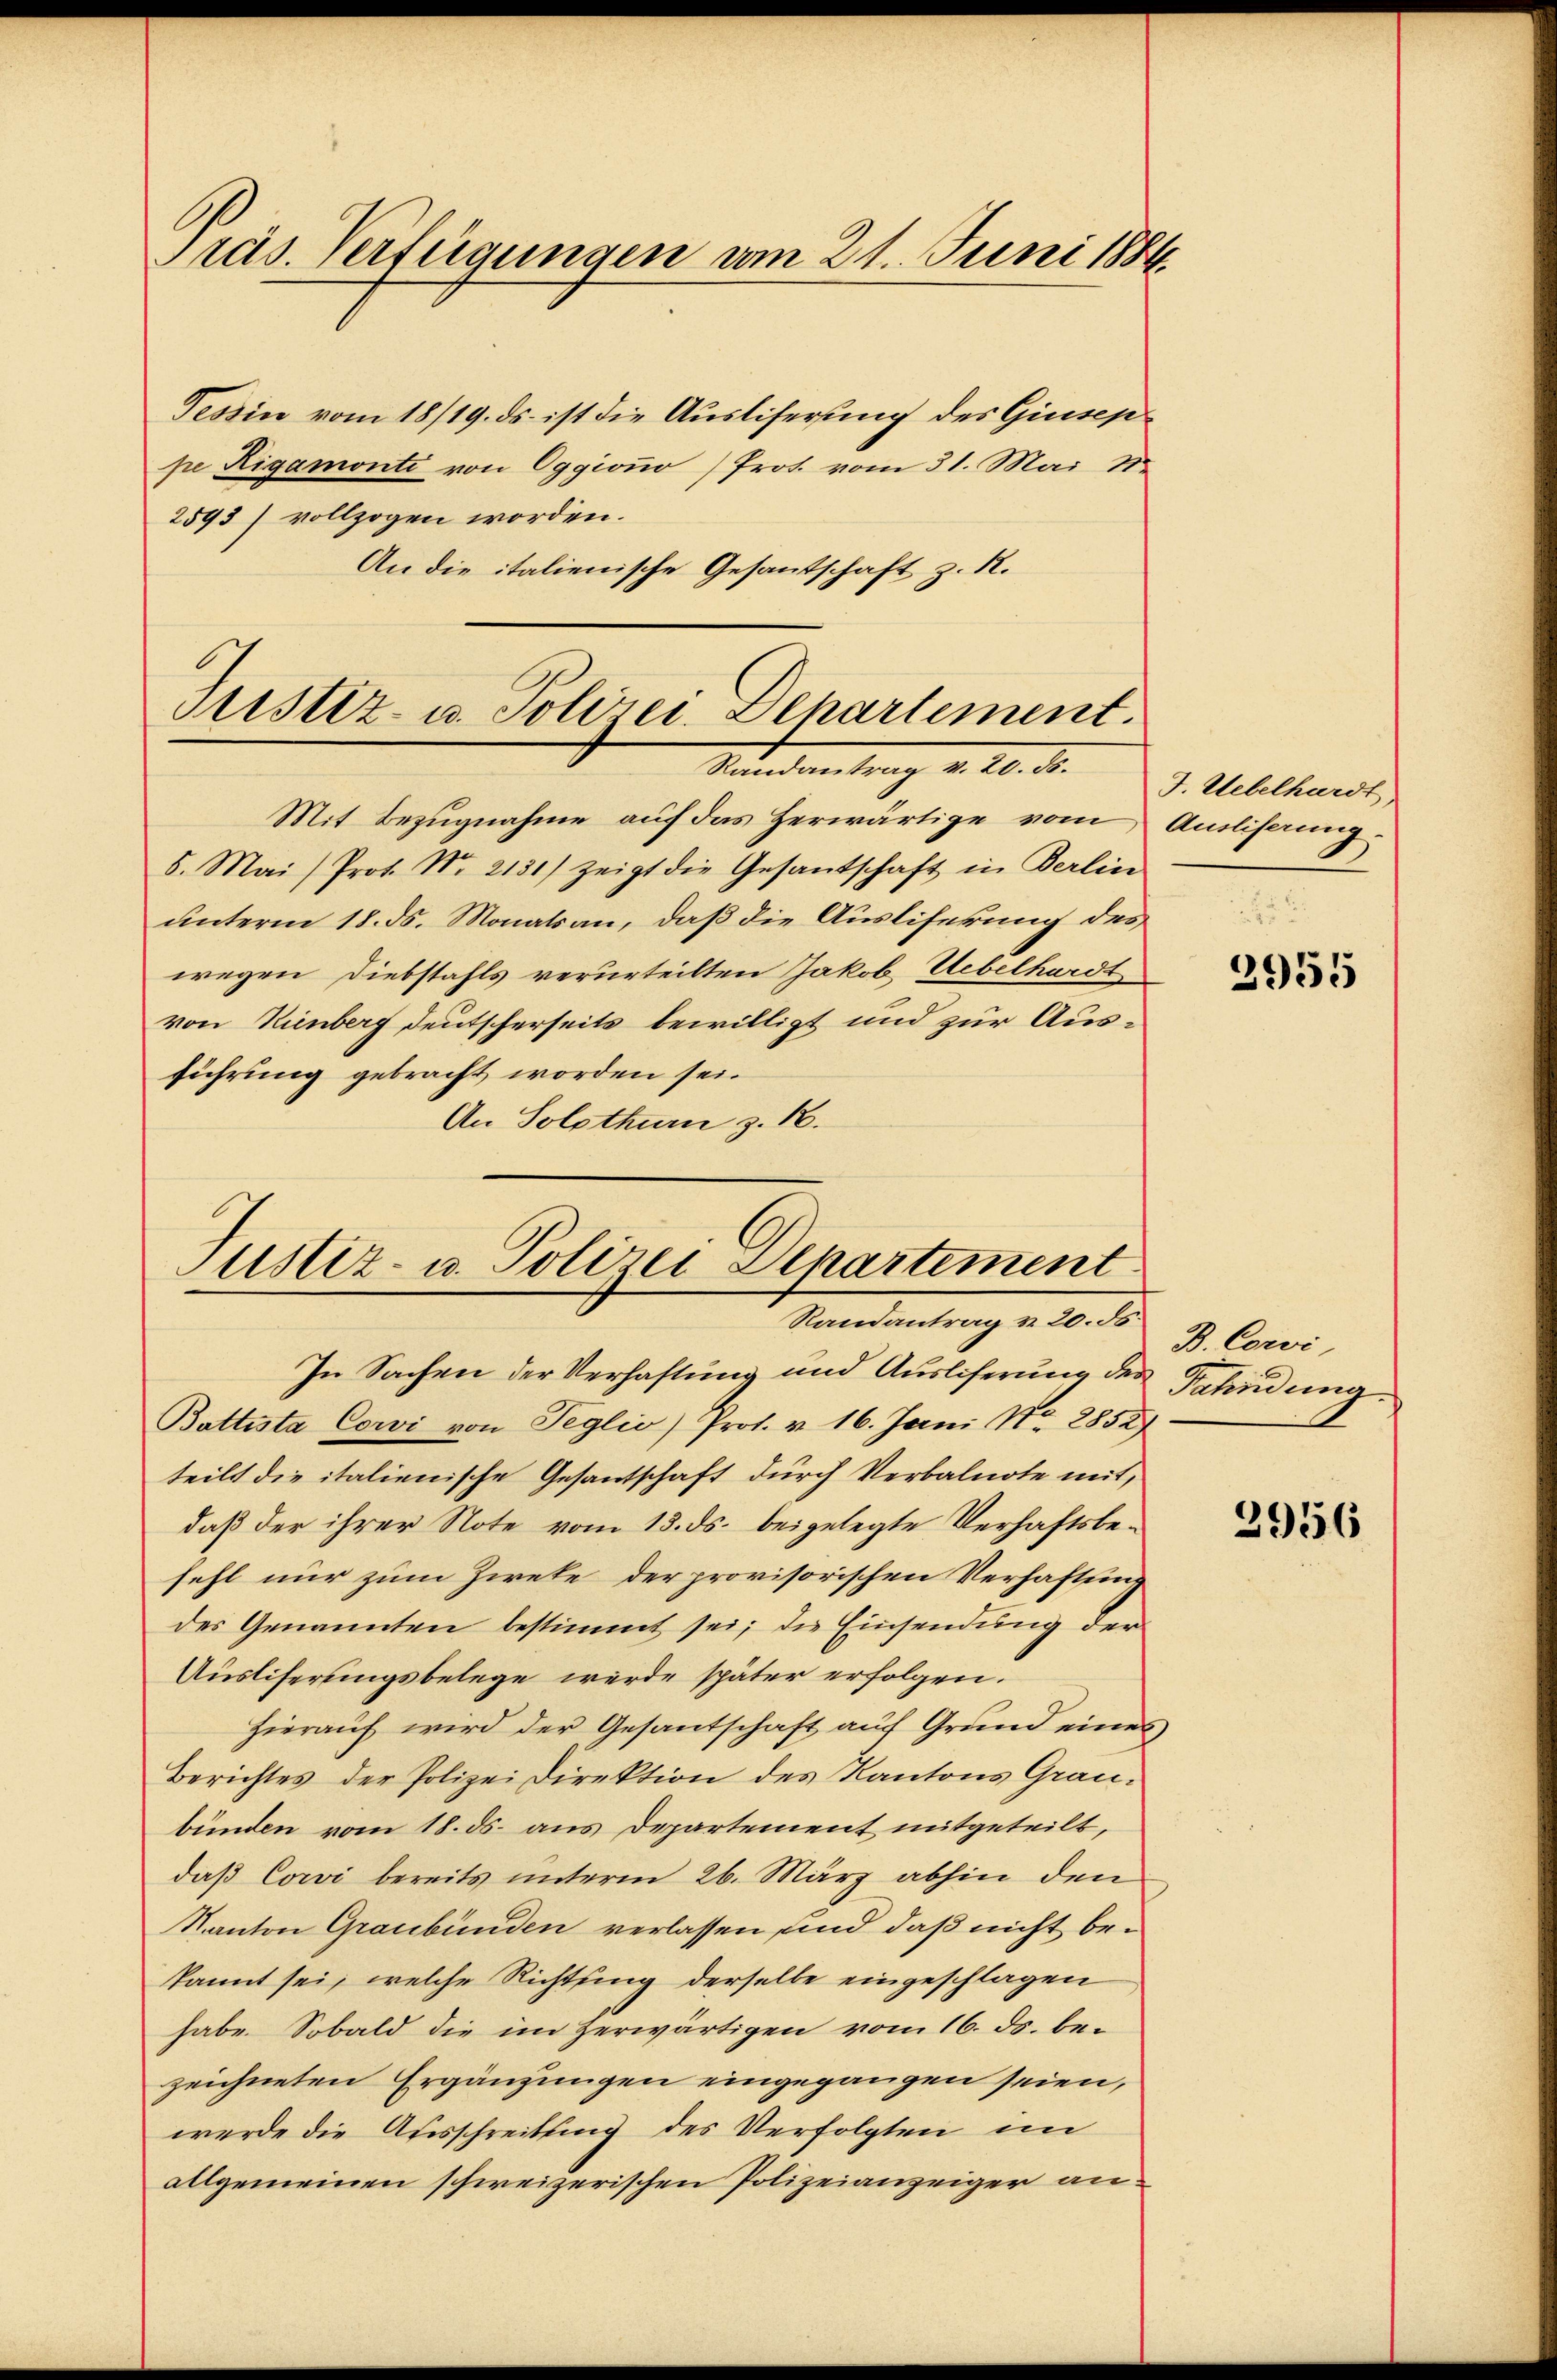
Präs. Verfügungen vom 21. Juni 1884.

Tessin vom 18/19. ds. ist die Ausliferung des Giusep
pe Rigamonte von Oggiono) Prot. vom 31. Mai 1
2593) vollzogen worden.
An die italienische Gesantschaft z. R.

Sistiz- u. Polizei-Departement.
Kundentrag v. 20. d.

Mit Bezŭgnahme aŭf das herwärtige vom Anlihaung.
5. Mai) Prot. Nr. 2131) zeigt die Gesantschaft in Berlin
unterm 18. ds. Monats an, daß die Ausliferung des
wegen Diebstahls verurteilten Jakob Uebelhardt
von Kienberg deutscherseits bewilligt und zur Ausführung gebracht worden sei.
An Solothurn z. B.

Justiz- u. Polizei Separtement
Randantrag v. 20. ds.

In Sachen der Verhaftung und Ausliferung der Bahndung
Battista Cowi von Seglio) Prot. v. 16. Juni Nr. 2852
teils die italienische Gesantschaft durch Verbalnote mit,
daß der ihrer Note vom 13. ds. beigelegte Verhaftsbefehl nur zum Zieke der provisorischen Verhaftung
des Genannten bestimmt sei; die Einsendung der
Ausliferungsbelege werde später erfolgen.
Hierauf wird der Gesantschaft auf Grund eines
Berichtes der Polizei Direktion des Kantons Graubünden vom 18. ds. aus Departement mitgeteilt,
daβ Cowi bereits ŭnterm 26. März abhin den
Kanton Graubünden verlassen, und daß nicht bekannt sei, welche Richtung derselbe eingeschlagen
habe. Sobald die im Zerwärtigen vom 16. ds. bezeichneten Ergänzungen eingegangen seien,
werde die Ausschreibung des Verfolgten im
allgemeinen schweizerischen Polizeianzeiger an¬

J. Uebelhardt,

2955

B. Corvi,

2956